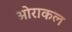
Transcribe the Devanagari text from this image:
ओराकल